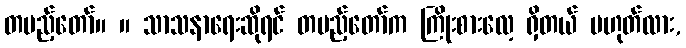
တပည့်တော်။ ။ သာသနာရေးဆိုရင် တပည့်တော်က ကြိုးစားလေ့ ရှိတယ် မဟုတ်လား,